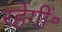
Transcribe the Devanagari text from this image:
रहेगी॰